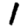
Digit: 1